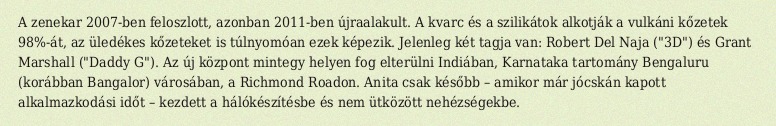
A zenekar 2007-ben feloszlott, azonban 2011-ben újraalakult. A kvarc és a szilikátok alkotják a vulkáni kőzetek 98%-át, az üledékes kőzeteket is túlnyomóan ezek képezik. Jelenleg két tagja van: Robert Del Naja ("3D") és Grant Marshall ("Daddy G"). Az új központ mintegy helyen fog elterülni Indiában, Karnataka tartomány Bengaluru (korábban Bangalor) városában, a Richmond Roadon. Anita csak később – amikor már jócskán kapott alkalmazkodási időt – kezdett a hálókészítésbe és nem ütközött nehézségekbe.